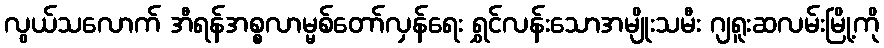
လွယ်သလောက် အီရန်အစ္စလာမ္မစ်တော်လှန်ရေး ရွှင်လန်းသောအမျိုးသမီး ဂျရူးဆလမ်းမြို့ကို